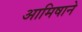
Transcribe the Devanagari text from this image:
आमिषाने